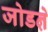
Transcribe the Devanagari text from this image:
जोडऩे